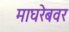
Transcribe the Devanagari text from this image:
माघरेबवर